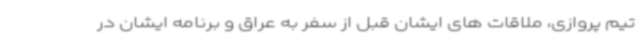
تیم پروازی، ملاقات های ایشان قبل از سفر به عراق و برنامه ایشان در